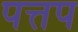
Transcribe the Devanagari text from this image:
पत्तप